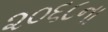
૨૦૬૮ના